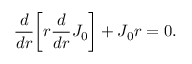
\frac { d } { d r } \bigg [ r \frac { d } { d r } J _ { 0 } \bigg ] + J _ { 0 } r = 0 .